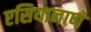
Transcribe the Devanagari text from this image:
एसियानाणे